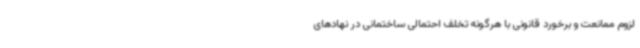
لزوم ممانعت و برخورد قانونی با هرگونه تخلف احتمالی ساختمانی در نهادهای